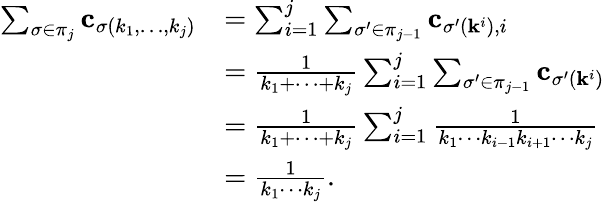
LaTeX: \begin{array}{rl}{\sum_{\sigma\in\pi_{j}}\mathbf{c}_{\sigma(k_{1},\ldots,k_{j})}}&{=\sum_{i=1}^{j}\sum_{\sigma^{\prime}\in\pi_{j-1}}\mathbf{c}_{\sigma^{\prime}(\mathbf{k}^{i}),i}}\\ &{=\frac{1}{k_{1}+\cdots+k_{j}}\sum_{i=1}^{j}\sum_{\sigma^{\prime}\in\pi_{j-1}}\mathbf{c}_{\sigma^{\prime}(\mathbf{k}^{i})}}\\ &{=\frac{1}{k_{1}+\cdots+k_{j}}\sum_{i=1}^{j}\frac{1}{k_{1}\cdots k_{i-1}k_{i+1}\cdots k_{j}}}\\ &{=\frac{1}{k_{1}\cdots k_{j}}.}\end{array}